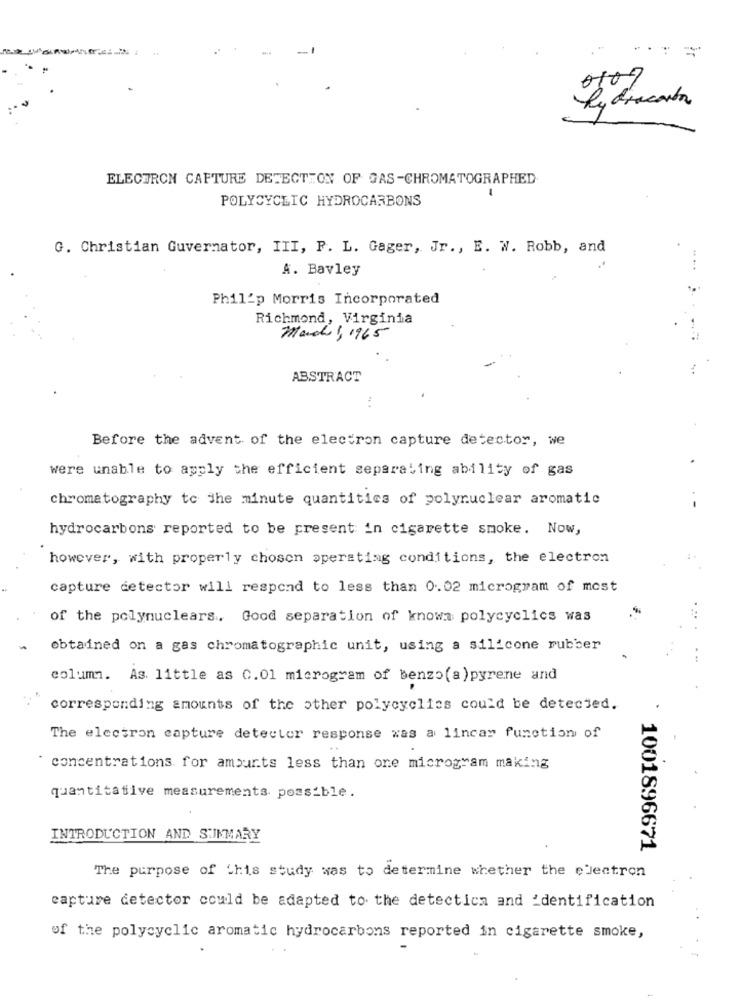
= =
0107
ELECTRON CAFTURE DETECTION OF GAS-CHROMATOGRAPHED
1
POLYCYCLIC HYDROCARBONS
G. Christian Guvernator, III, F. L. Gager, Jr ., E. W. Robb, and
...
A. Bavley
Philip Morris Incorporated
Richmond, Virginia
March , 1965
ABSTRACT
Before the advent of the electron capture detector, we
were unable to apply the efficient separating ability of gas
chromatography to The minute quantities of polynuclear aromatic
hydrocarbons reported to be present in cigarette smoke. Now,
however, with properly chosen operating conditions, the electron
capture detector will respond to less than 0.02 microgram of most
of the polynuclears. Good separation of knowa polycyclics was
obtained on a gas chromatographic unit, using a silicone rubber
column. As. little as 0.01 microgram of benzo(a)pyrene and
corresponding amounts of the other polycycliss could be detected.
The electron capture detector response was a lincar function of
.
concentrations for amounts less than one microgram making
quantitative measurements possible.
INTRODUCTION AND SUMMARY
1001896671
The purpose of this study was to determine whether the electron
capture detector could be adapted to the detection and 'dentification
of the polycyclic aromatic hydrocarbons reported in cigarette smoke,